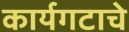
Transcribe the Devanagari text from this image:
कार्यगटाचे